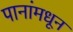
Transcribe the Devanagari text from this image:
पानांमधून